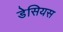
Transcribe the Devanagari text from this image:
डेसियस